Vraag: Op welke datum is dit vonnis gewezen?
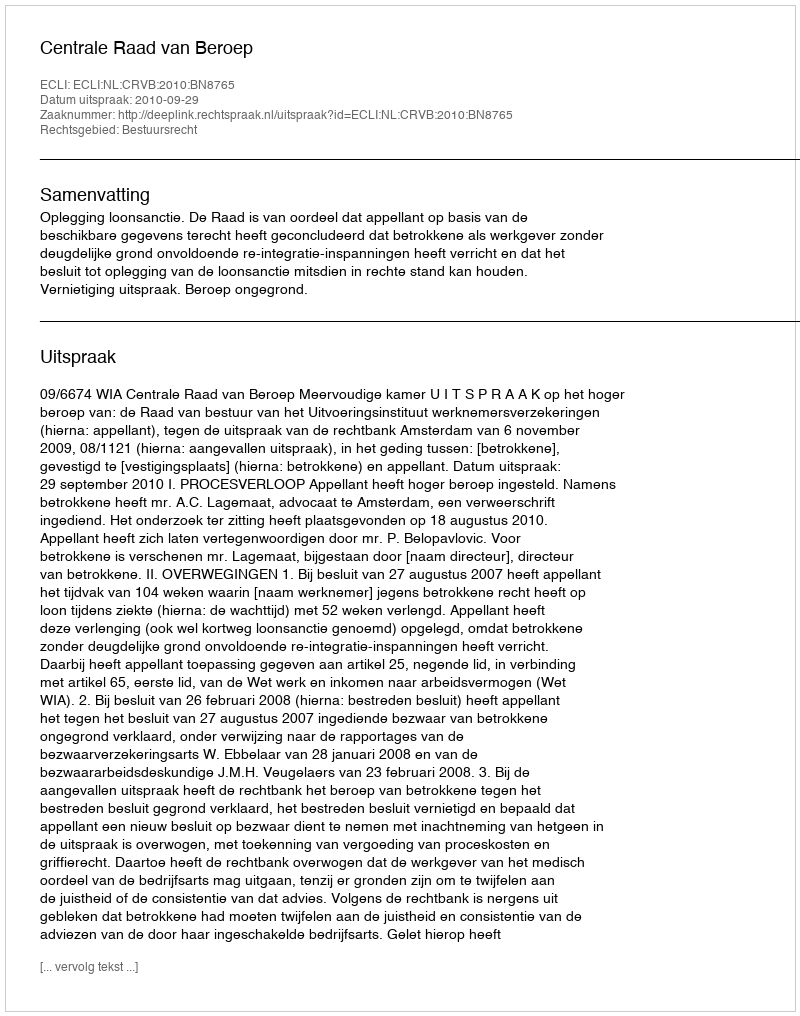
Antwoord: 2010-09-29